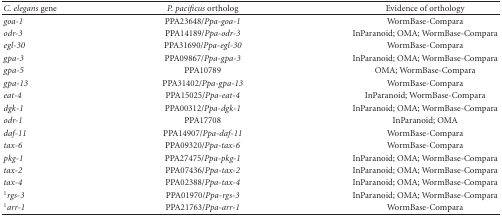
<table><thead><tr><td><b><i>C. elegans</i> gene</b></td><td><b><i>P. pacificus</i> ortholog</b></td><td><b> Evidence of orthology</b></td></tr></thead><tbody><tr><td><i>goa-1</i></td><td>PPA23648/<i>Ppa-goa-1 </i></td><td>WormBase-Compara</td></tr><tr><td><i>odr-3</i></td><td>PPA14189/<i>Ppa-odr-3 </i></td><td>InParanoid; OMA; WormBase-Compara</td></tr><tr><td><i>egl-30</i></td><td>PPA31690/<i>Ppa-egl-30 </i></td><td>WormBase-Compara</td></tr><tr><td><i>gpa-3</i></td><td>PPA09867/<i>Ppa-gpa-3 </i></td><td>InParanoid; OMA; WormBase-Compara</td></tr><tr><td><i>gpa-5</i></td><td>PPA10789</td><td>OMA; WormBase-Compara</td></tr><tr><td><i>gpa-13</i></td><td>PPA31402/<i>Ppa-gpa-13 </i></td><td>WormBase-Compara</td></tr><tr><td><i>eat-4</i></td><td>PPA15025/<i>Ppa-eat-4 </i></td><td>InParanoid; WormBase-Compara</td></tr><tr><td><i>dgk-1</i></td><td>PPA00312/<i>Ppa-dgk-1 </i></td><td>InParanoid; OMA; WormBase-Compara</td></tr><tr><td><i>odr-1</i></td><td>PPA17708</td><td>InParanoid; OMA</td></tr><tr><td><i>daf-11</i></td><td>PPA14907/<i>Ppa-daf-11 </i></td><td>WormBase-Compara</td></tr><tr><td><i>tax-6</i></td><td>PPA09320/<i>Ppa-tax-6 </i></td><td>WormBase-Compara</td></tr><tr><td><i>pkg-1</i></td><td>PPA27475/<i>Ppa-pkg-1 </i></td><td>InParanoid; OMA; WormBase-Compara</td></tr><tr><td><i>tax-2</i></td><td>PPA07436/<i>Ppa-tax-2 </i></td><td>InParanoid; OMA; WormBase-Compara</td></tr><tr><td><i>tax-4</i></td><td>PPA02388/<i>Ppa-tax-4 </i></td><td>InParanoid; OMA; WormBase-Compara</td></tr><tr><td><sup>1</sup><i>rgs-3</i></td><td>PPA01970/<i>Ppa-rgs-3 </i></td><td>InParanoid; OMA; WormBase-Compara</td></tr><tr><td><sup>1</sup><i>arr-1</i></td><td>PPA21763/<i>Ppa-arr-1 </i></td><td>WormBase-Compara</td></tr></tbody></table>